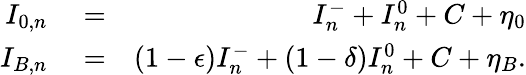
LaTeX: \begin{array}{rlr}{I_{0,n}}&{{}=}&{I_{n}^{-}+I_{n}^{0}+C+\eta_{0}}\\ {I_{B,n}}&{{}=}&{(1-\epsilon)I_{n}^{-}+(1-\delta)I_{n}^{0}+C+\eta_{B}.}\end{array}